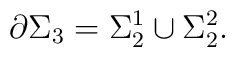
\partial \Sigma_3=\Sigma_2^1\cup \Sigma_2^2.